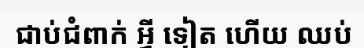
ជាប់ជំពាក់ អ្វី ទៀត ហើយ ឈប់